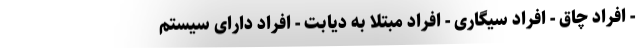
- افراد چاق - افراد سیگاری - افراد مبتلا به دیابت - افراد دارای سیستم